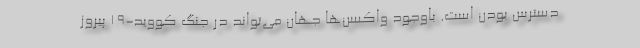
دسترس بودن است. باوجود واکسن‌ها جهان می‌تواند در جنگ کووید-۱۹ پیروز